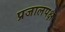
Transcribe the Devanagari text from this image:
प्रजालपक्ष